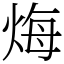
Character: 烸